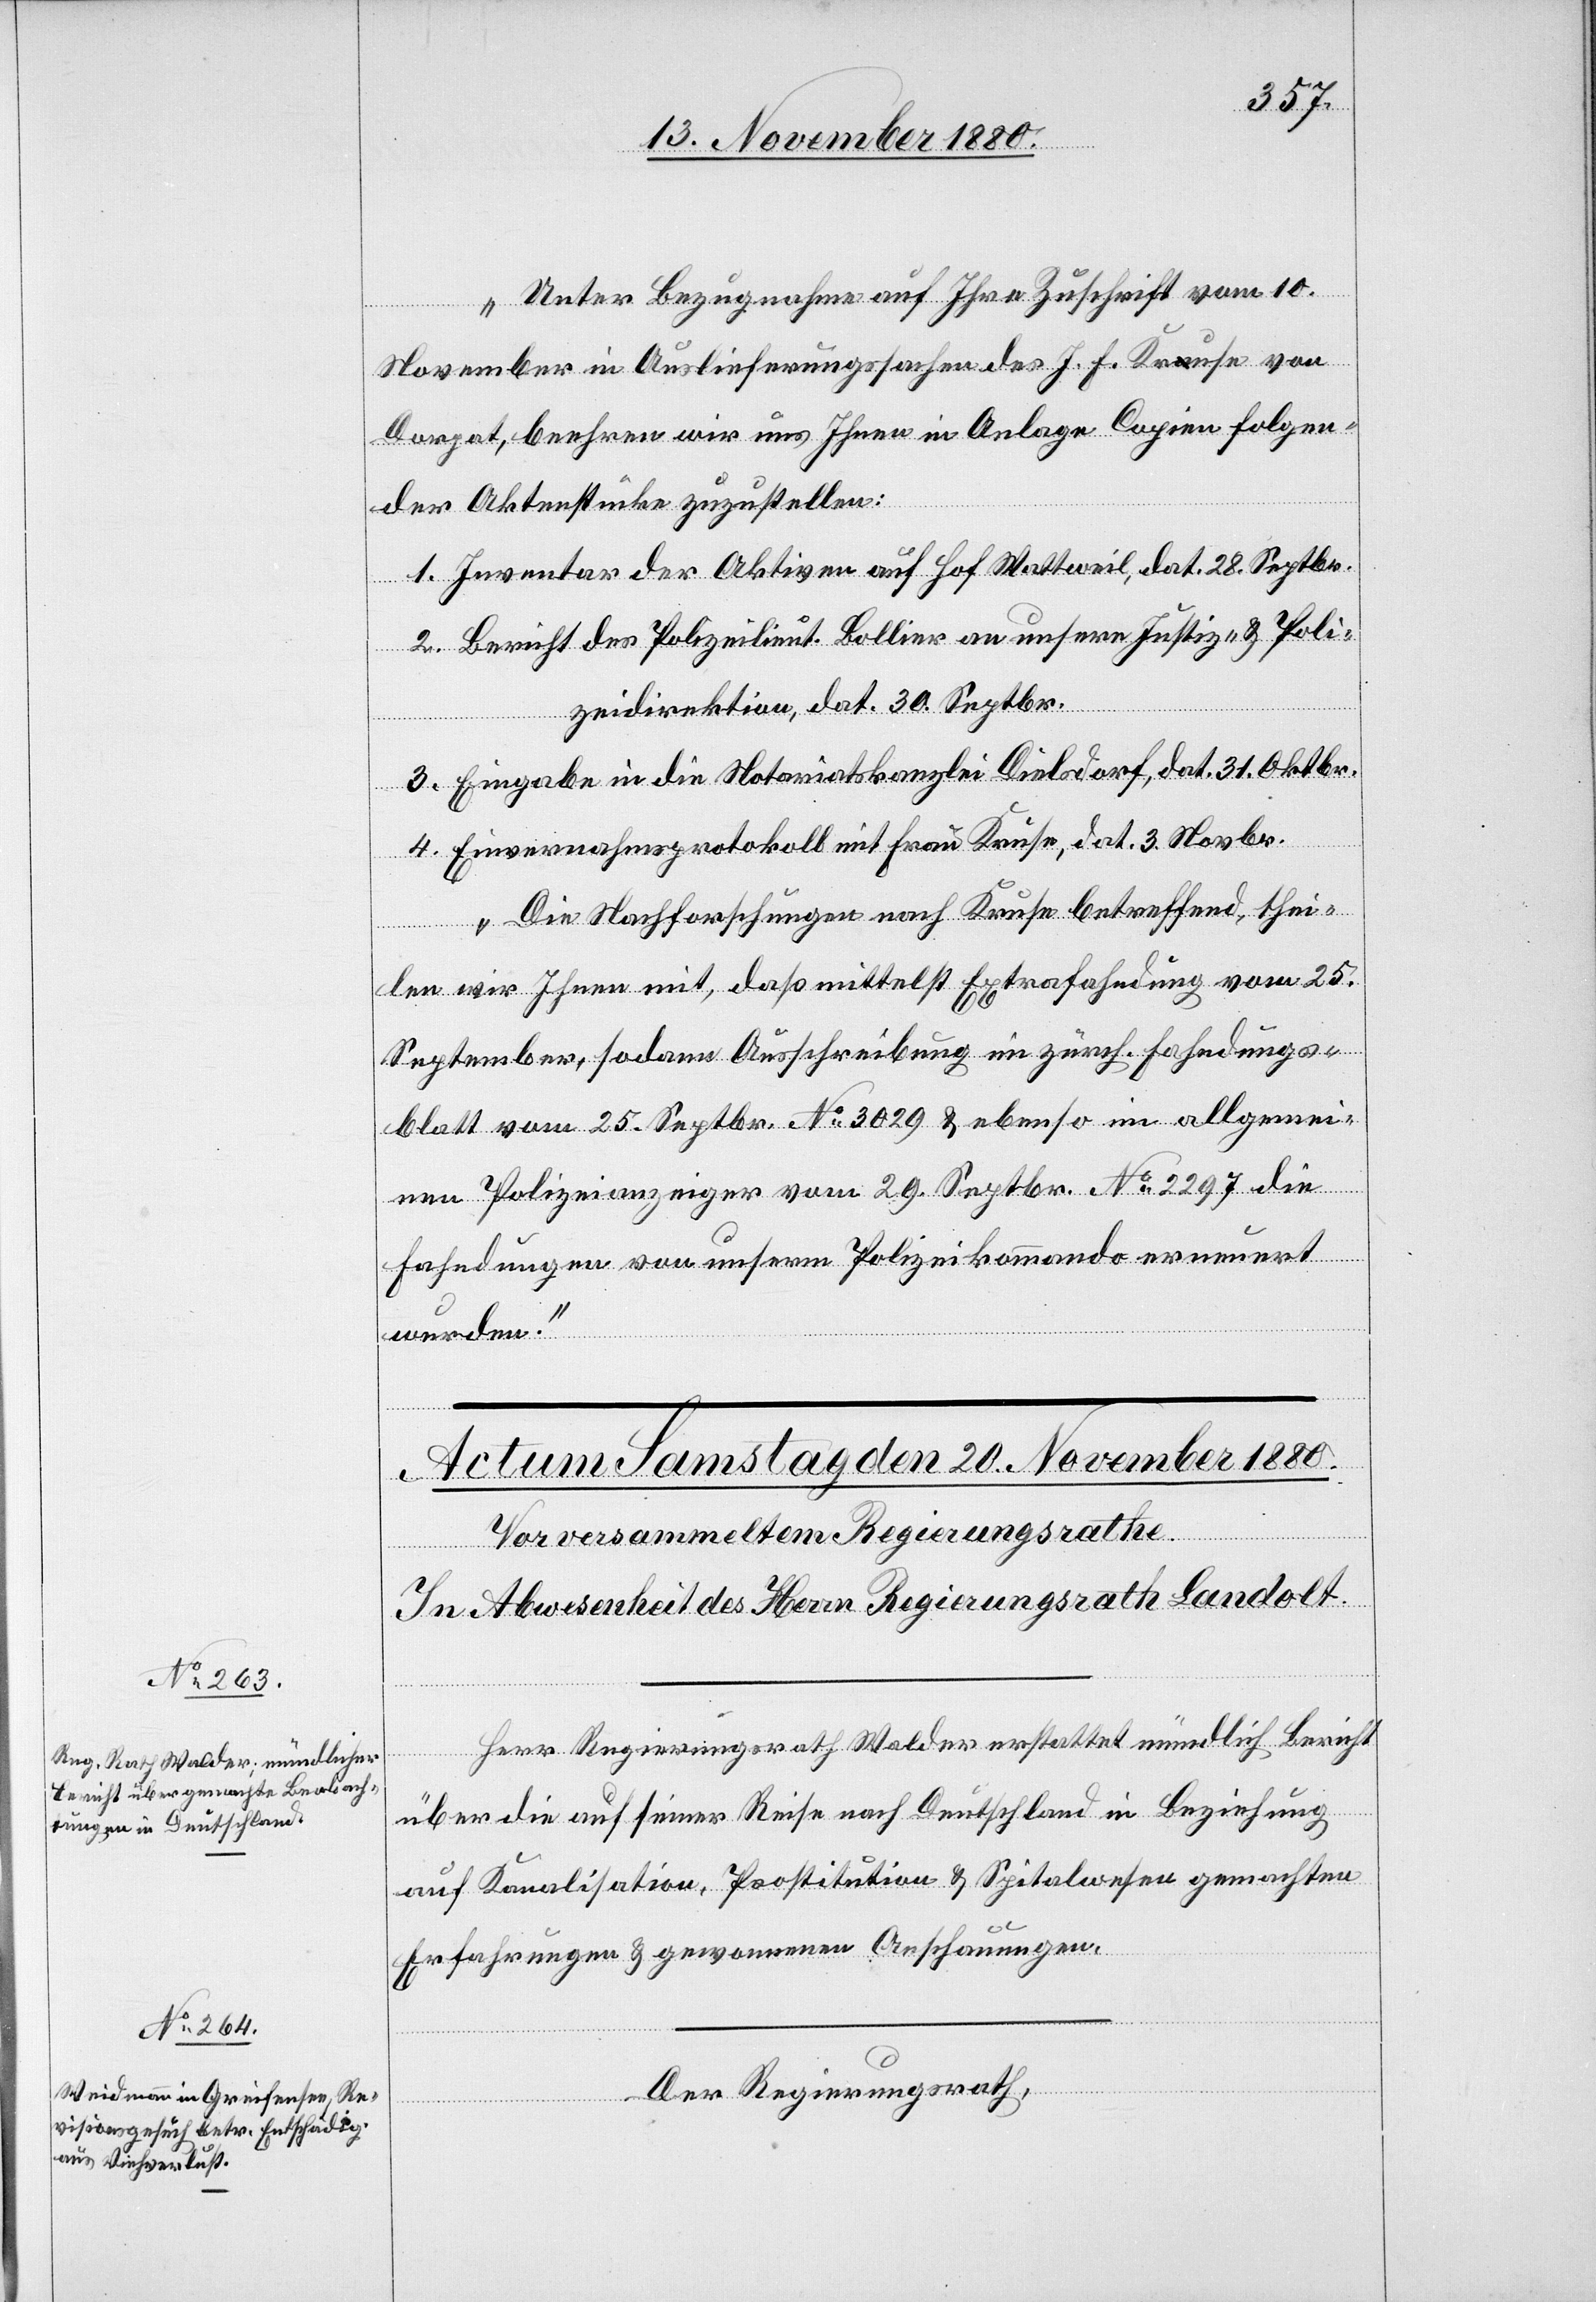
„Unter Bezugnahme auf Ihre Zuschrift vom 10.
November in Auslieferungssachen des J. F. Kruse von
Dorpat, beehren wir uns Ihnen in Anlage Copien folgen¬
der Aktenstücke zuzustellen:
1. Inventar der Aktiven auf Hof Wattweil, dat. 28. Septbr.
2. Bericht des Polizeilieut. Bollier an unsere Justiz- & Poli¬
zeidirektion, dat. 30. Septbr.
3. Eingabe in die Notariatskanzlei Dielsdorf, dat. 31. Oktbr.
4. Einvernahmsprotokoll mit Frau Kruse, dat. 3. Novbr.
Die Nachforschungen nach Kruse betreffend, thei¬
len wir Ihnen mit, daß mittelst Extrafahndung vom 25.
September, sodann Ausschreibung im zürch. Fahndungs¬
blatt vom 25. Septbr. No 3029 & ebenso im allgemei¬
nen Polizeianzeiger vom 29. Septbr. No 2297 die
Fahndungen von unserm Polizeikommando erneuert
wurden.“
Herr Regierungsrath Walder erstattet mündlich Bericht
über die auf seiner Reise nach Deutschland in Beziehung
auf Kanalisation, Prostitution & Spitalwesen gemachten
Erfahrungen & gewonnenen Anschauungen.
Der Regierungsrath,